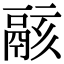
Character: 𩰶